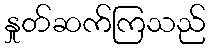
နှုတ်ဆက်ကြသည်